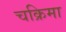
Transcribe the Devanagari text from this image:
चक्रिमा